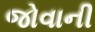
જોવાની